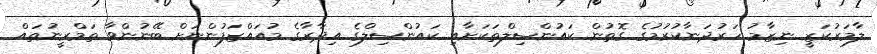
ލާމަރުކަޒީ ނިޒާމު ހަރުދަނާކުރުމުގެ ގޮތުން ކައުންސިލްތަކަށާއި ކައުންސިލްގެ އިދާރާގެ މުއައްޒަފުންނަށް ބޭނުންވާ ތަމްރީނުތައް